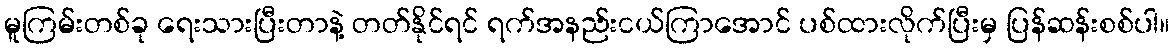
မူကြမ်းတစ်ခု ရေးသားပြီးတာနဲ့ တတ်နိုင်ရင် ရက်အနည်းငယ်ကြာအောင် ပစ်ထားလိုက်ပြီးမှ ပြန်ဆန်းစစ်ပါ။